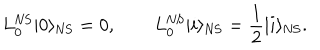
LaTeX: L _ { 0 } ^ { \mathrm { N S } } | 0 \rangle _ { \mathrm { N S } } = 0 , \qquad L _ { 0 } ^ { \mathrm { N S } } | i \rangle _ { \mathrm { N S } } = \frac { 1 } { 2 } | i \rangle _ { \mathrm { N S } } .